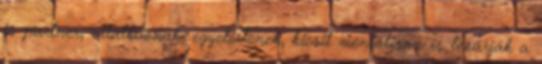
is partner, vitatkoznak, egyetértenek, kicsit mentálisan is lezárják a